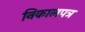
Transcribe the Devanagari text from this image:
निकालपत्र